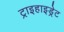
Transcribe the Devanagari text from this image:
ट्राइहाइड्रेट